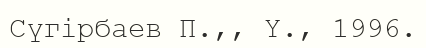
Сүгірбаев П.,, Ү., 1996.